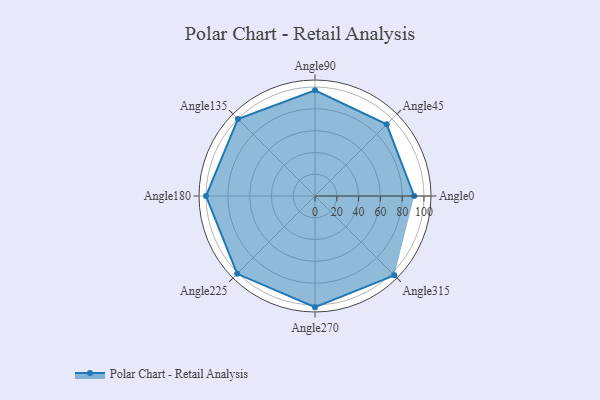
{"axis": {"x": "Angle", "y": "Radius"}, "legend": [""], "data": [{"x": "Angle0", "y": 91.0, "type": ""}, {"x": "Angle45", "y": 93.0, "type": ""}, {"x": "Angle90", "y": 97.0, "type": ""}, {"x": "Angle135", "y": 100.0, "type": ""}, {"x": "Angle180", "y": 100.0, "type": ""}, {"x": "Angle225", "y": 101.0, "type": ""}, {"x": "Angle270", "y": 102.0, "type": ""}, {"x": "Angle315", "y": 103.0, "type": ""}]}